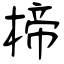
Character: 楴